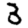
Digit: 3